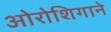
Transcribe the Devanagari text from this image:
ओरोशिगाने